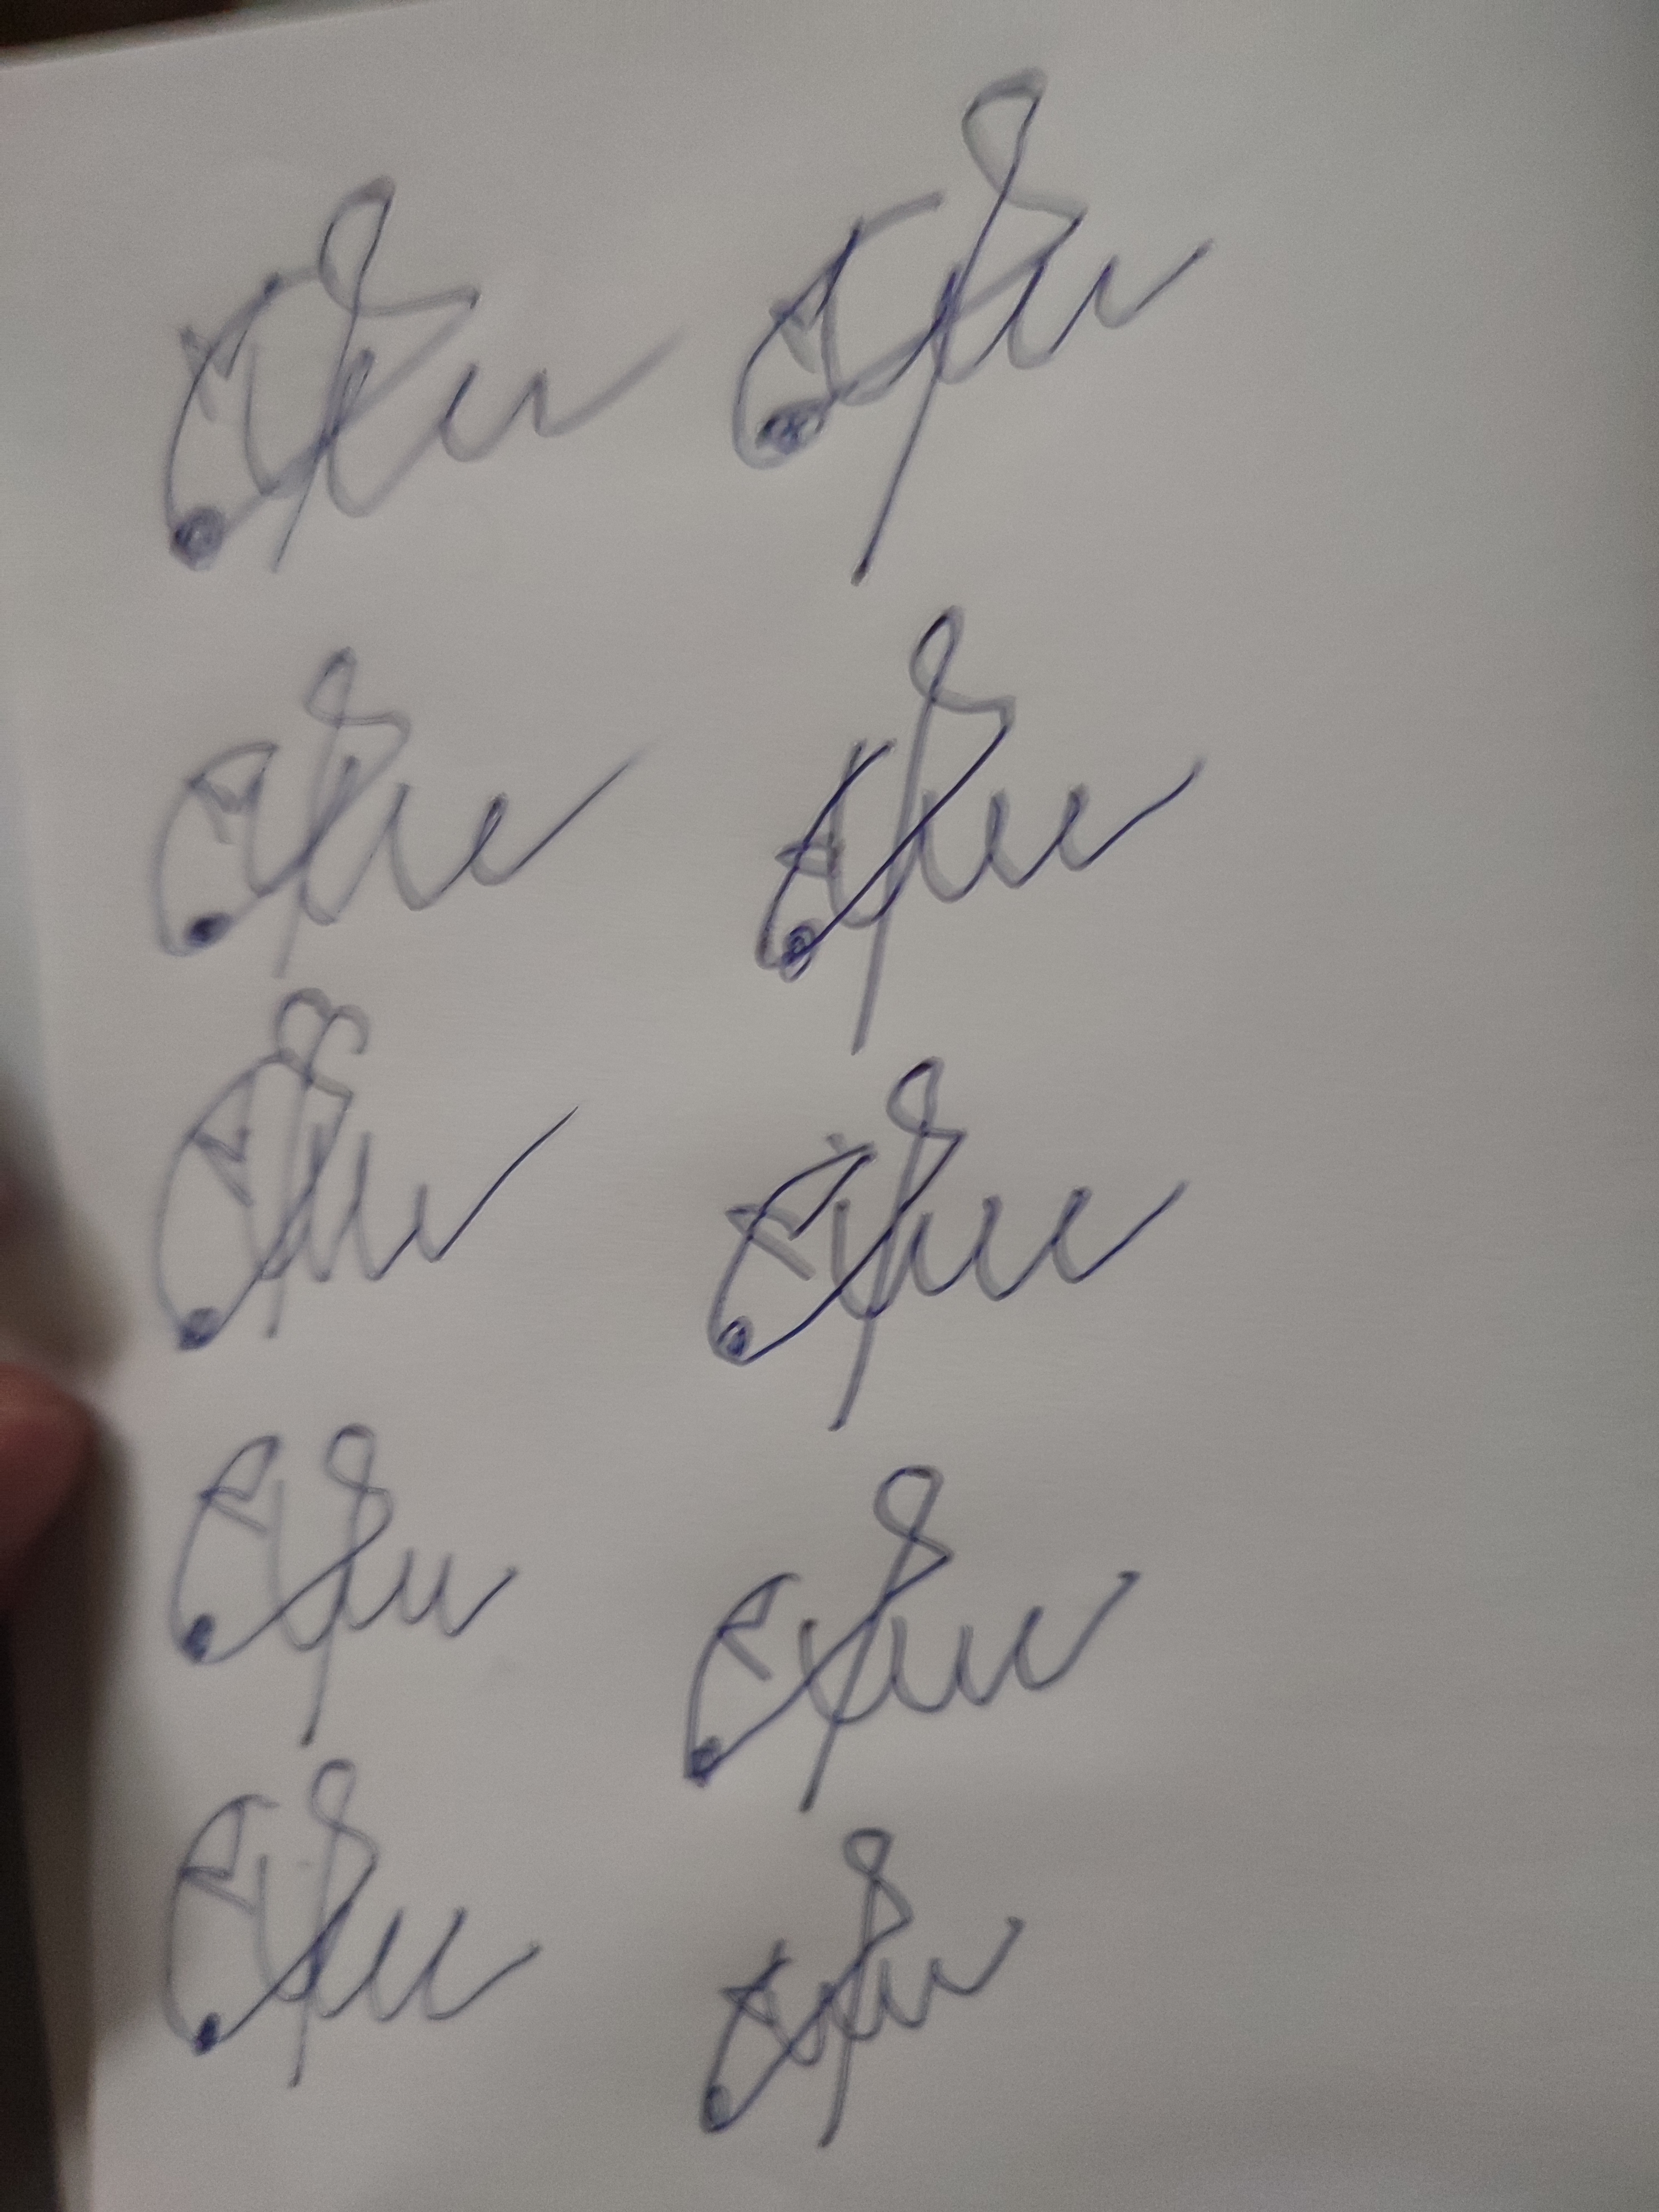
Signature authenticity: forged